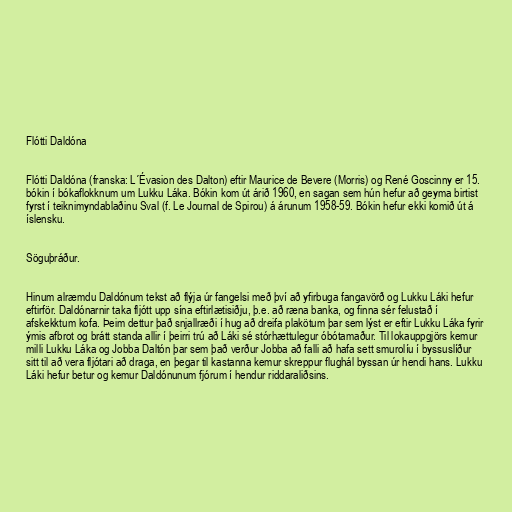
Flótti Daldóna

Flótti Daldóna (franska: L´Évasion des Dalton) eftir Maurice de Bevere (Morris) og René Goscinny er 15.
bókin í bókaflokknum um Lukku Láka. Bókin kom út árið 1960, en sagan sem hún hefur að geyma birtist
fyrst í teiknimyndablaðinu Sval (f. Le Journal de Spirou) á árunum 1958-59. Bókin hefur ekki komið út á
íslensku.

Söguþráður.

Hinum alræmdu Daldónum tekst að flýja úr fangelsi með því að yfirbuga fangavörð og Lukku Láki hefur
eftirför. Daldónarnir taka fljótt upp sína eftirlætisiðju, þ.e. að ræna banka, og finna sér felustað í
afskekktum kofa. Þeim dettur það snjallræði í hug að dreifa plakötum þar sem lýst er eftir Lukku Láka fyrir
ýmis afbrot og brátt standa allir í þeirri trú að Láki sé stórhættulegur óbótamaður. Til lokauppgjörs kemur
milli Lukku Láka og Jobba Daltón þar sem það verður Jobba að falli að hafa sett smurolíu í byssuslíður
sitt til að vera fljótari að draga, en þegar til kastanna kemur skreppur flughál byssan úr hendi hans. Lukku
Láki hefur betur og kemur Daldónunum fjórum í hendur riddaraliðsins.